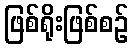
ဖြစ်ရိုးဖြစ်စဉ်